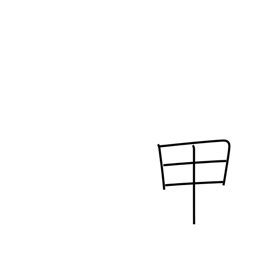
Meaning: instep